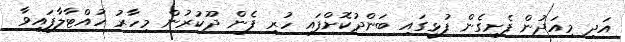
އަދި މިއަދުން ފެށިގެން ފުޅީގައި ބަންދުކޮށްފައި ހުރި ފެން ދޫކުރުން މިހާރު ހުއްޓާލާފައިވާ